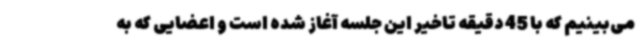
می‌بینیم که با 45 دقیقه تاخیر این جلسه آغاز شده است و اعضایی که به